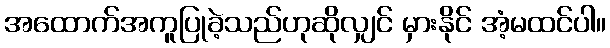
အထောက်အကူပြုခဲ့သည်ဟုဆိုလျှင် မှားနိုင် အံ့မထင်ပါ။